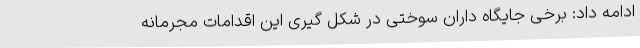
ادامه داد: برخی جایگاه داران سوختی در شکل گیری این اقدامات مجرمانه